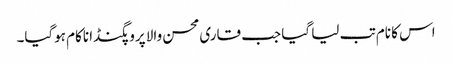
اس کا نام تب لیا گیا جب قاری محسن والا پروپگنڈا ناکام ہوگیا۔